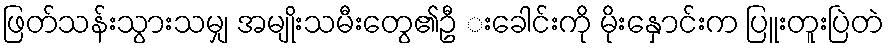
ဖြတ်သန်းသွားသမျှ အမျိုးသမီးတွေ၏ဦ းခေါင်းကို မိုးနှောင်းက ပြူးတူးပြဲတဲ